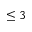
\leq 3